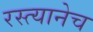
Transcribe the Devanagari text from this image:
रस्त्यानेच